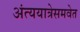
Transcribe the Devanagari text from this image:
अंत्ययात्रेसमवेत